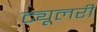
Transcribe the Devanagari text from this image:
ट्यूलरी